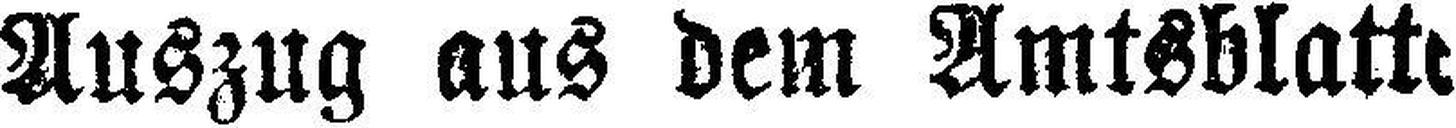
Auszug aus dem Amtsblatts